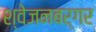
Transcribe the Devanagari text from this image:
श्‍वेजनबर्गर